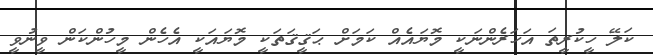
ކަލޭ ހީކުރީތަ އަހަރެންނަކީ މޮޔައެއް ކަމަށް ޙަޤީޤަތަކީ މޮޔައަކީ އެހެން މީހުންކަން ވީނުވީ